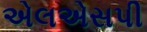
એલએસપી